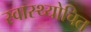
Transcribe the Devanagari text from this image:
स्वास्थ्योचित